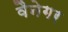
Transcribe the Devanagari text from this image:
वैनेगर